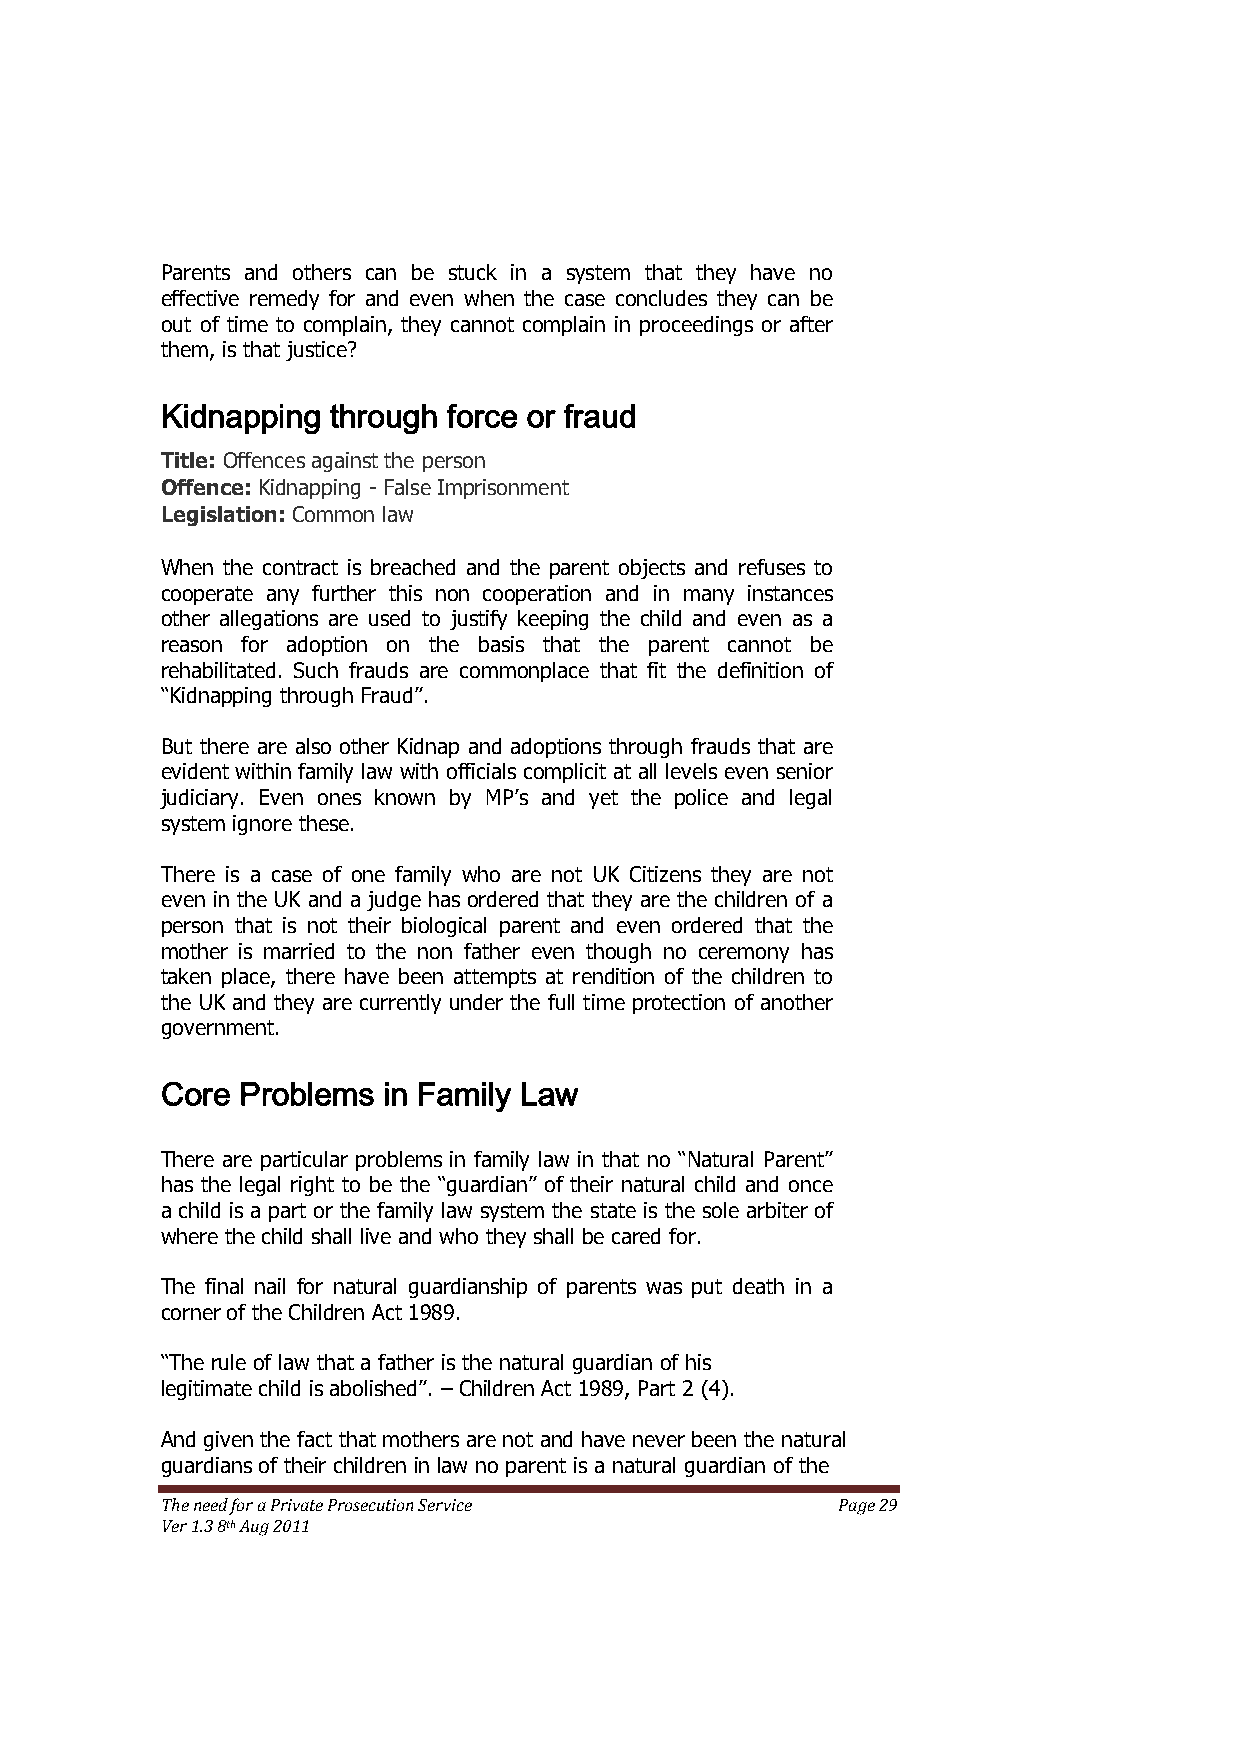
Parents and others can be stuck in a system that they have no
 effective remedy for and even when the case concludes they can be
 out of time to complain, they cannot complain in proceedings or after
 them, is that justice?
 Kidnapping through force or fraud
 Title: Offences against the person
 Offence: Kidnapping - False Imprisonment
 Legislation: Common law
 When the contract is breached and the parent objects and refuses to
 cooperate any further this non cooperation and in many instances
 other allegations are used to justify keeping the child and even as a
 reason for adoption on the basis that the parent cannot be
 rehabilitated. Such frauds are commonplace that fit the definition of
 ―Kidnapping through Fraud‖.
 But there are also other Kidnap and adoptions through frauds that are
 evident within family law with officials complicit at all levels even senior
 judiciary. Even ones known by MP’s and yet the police and legal
 system ignore these.
 There is a case of one family who are not UK Citizens they are not
 even in the UK and a judge has ordered that they are the children of a
 person that is not their biological parent and even ordered that the
 mother is married to the non father even though no ceremony has
 taken place, there have been attempts at rendition of the children to
 the UK and they are currently under the full time protection of another
 government.
 Core Problems in Family Law
 There are particular problems in family law in that no ―Natural Parent‖
 has the legal right to be the ―guardian‖ of their natural child and once
 a child is a part or the family law system the state is the sole arbiter of
 where the child shall live and who they shall be cared for.
 The final nail for natural guardianship of parents was put death in a
 corner of the Children Act 1989.
 ―The rule of law that a father is the natural guardian of his
 legitimate child is abolished‖. – Children Act 1989, Part 2 (4).
 And given the fact that mothers are not and have never been the natural
 guardians of their children in law no parent is a natural guardian of the
 The need for a Private Prosecution Service  Page 29
 Ver 1.3 8th Aug 2011